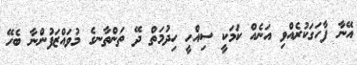
އޭނާ ފާހަގަކުރެއްވި އަނެއް ކަމަކީ ސިއްހީ ހިދުމަތް ދޭ ތަންތާނގެ މުވައްޒަފުންނާ ބެހޭ